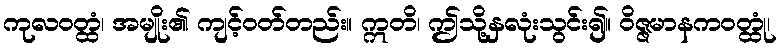
ကုလဝတ္ထံ၊ အမျိုး၏ ကျင့်ဝတ်တည်း။ ဣတိ၊ ဤသို့နှလုံးသွင်း၍။ ဝိဇ္ဇမာနကဝတ္ထုံ၊